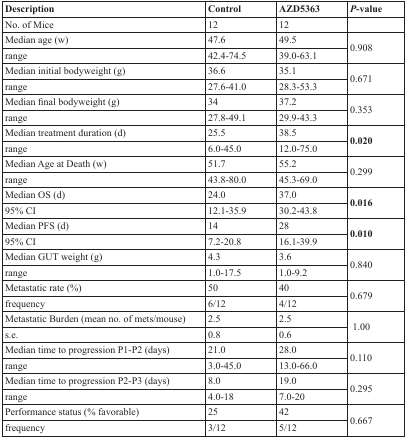
<table><thead><tr><td><b>Description</b></td><td><b>Control</b></td><td><b>AZD5363</b></td><td><b><i>P</i>-value</b></td></tr></thead><tbody><tr><td>No. of Mice</td><td>12</td><td>12</td><td></td></tr><tr><td>Median age (w)</td><td>47.6</td><td>49.5</td><td rowspan="2">0.908</td></tr><tr><td>range</td><td>42.4-74.5</td><td>39.0-63.1</td></tr><tr><td>Median initial bodyweight (g)</td><td>36.6</td><td>35.1</td><td rowspan="2">0.671</td></tr><tr><td>range</td><td>27.6-41.0</td><td>28.3-53.3</td></tr><tr><td>Median final bodyweight (g)</td><td>34</td><td>37.2</td><td rowspan="2">0.353</td></tr><tr><td>range</td><td>27.8-49.1</td><td>29.9-43.3</td></tr><tr><td>Median treatment duration (d)</td><td>25.5</td><td>38.5</td><td rowspan="2"><b>0.020</b></td></tr><tr><td>range</td><td>6.0-45.0</td><td>12.0-75.0</td></tr><tr><td>Median Age at Death (w)</td><td>51.7</td><td>55.2</td><td rowspan="2">0.299</td></tr><tr><td>range</td><td>43.8-80.0</td><td>45.3-69.0</td></tr><tr><td>Median OS (d)</td><td>24.0</td><td>37.0</td><td rowspan="2"><b>0.016</b></td></tr><tr><td>95% CI</td><td>12.1-35.9</td><td>30.2-43.8</td></tr><tr><td>Median PFS (d)</td><td>14</td><td>28</td><td rowspan="2"><b>0.010</b></td></tr><tr><td>95% CI</td><td>7.2-20.8</td><td>16.1-39.9</td></tr><tr><td>Median GUT weight (g)</td><td>4.3</td><td>3.6</td><td rowspan="2">0.840</td></tr><tr><td>range</td><td>1.0-17.5</td><td>1.0-9.2</td></tr><tr><td>Metastatic rate (%)</td><td>50</td><td>40</td><td rowspan="2">0.679</td></tr><tr><td>frequency</td><td>6/12</td><td>4/12</td></tr><tr><td>Metastatic Burden (mean no. of mets/mouse)</td><td>2.5</td><td>2.5</td><td rowspan="2">1.00</td></tr><tr><td>s.e.</td><td>0.8</td><td>0.6</td></tr><tr><td>Median time to progression P1-P2 (days)</td><td>21.0</td><td>28.0</td><td rowspan="2">0.110</td></tr><tr><td>range</td><td>3.0-45.0</td><td>13.0-66.0</td></tr><tr><td>Median time to progression P2-P3 (days)</td><td>8.0</td><td>19.0</td><td rowspan="2">0.295</td></tr><tr><td>range</td><td>4.0-18</td><td>7.0-20</td></tr><tr><td>Performance status (% favorable)</td><td>25</td><td>42</td><td rowspan="2">0.667</td></tr><tr><td>frequency</td><td>3/12</td><td>5/12</td></tr></tbody></table>